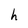
Character: h